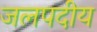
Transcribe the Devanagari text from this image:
जलपदीय